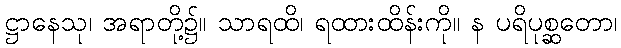
ဋ္ဌာနေသု၊ အရာတို့၌။ သာရထိ၊ ရထားထိန်းကို။ န ပရိပုစ္ဆတော၊